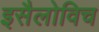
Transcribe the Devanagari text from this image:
इसैलोविच